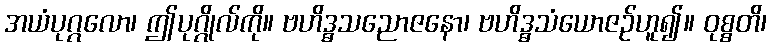
အယံပုဂ္ဂလော၊ ဤပုဂ္ဂိုလ်ကို။ ဗဟိဒ္ဓသညောဇနော၊ ဗဟိဒ္ဓသံယောဇဉ်ဟူ၍။ ဝုစ္စတိ၊